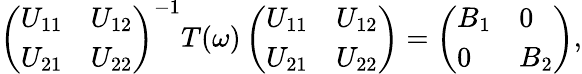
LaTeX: \begin{array}{r}{\left(\begin{array}{ll}{U_{11}}&{U_{12}}\\ {U_{21}}&{U_{22}}\end{array}\right)^{-1}T(\omega)\left(\begin{array}{ll}{U_{11}}&{U_{12}}\\ {U_{21}}&{U_{22}}\end{array}\right)=\left(\begin{array}{ll}{B_{1}}&{0}\\ {0}&{B_{2}}\end{array}\right),}\end{array}